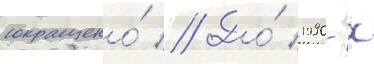
сокращено́ // До́ 1990-х